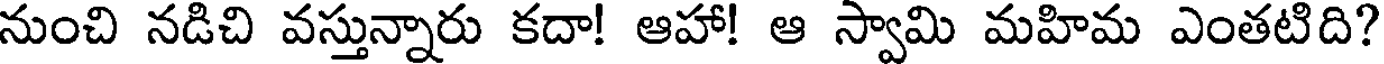
నుంచి నడిచి వస్తున్నారు కదా! ఆహా! ఆ స్వామి మహిమ ఎంతటిది?